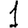
Digit: 1